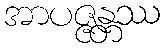
အာပဇ္ဇန္တဿ